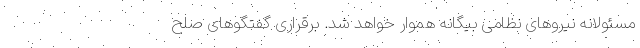
مسئولانه نیروهای نظامی بیگانه هموار خواهد شد. برقراری گفتگوهای صلح